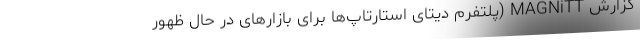
گزارش MAGNiTT (پلتفرم دیتای استارتاپ‌ها برای بازارهای در حال ظهور